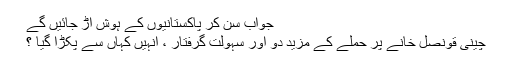
جواب سن کر پاکستانیوں کے ہوش اڑ جائیں گے
چینی قونصل خانے پر حملے کے مزید دو اور سہولت گرفتار ، انہیں کہاں سے پکڑا گیا ؟